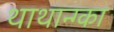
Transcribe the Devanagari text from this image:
थाथान्ग्का